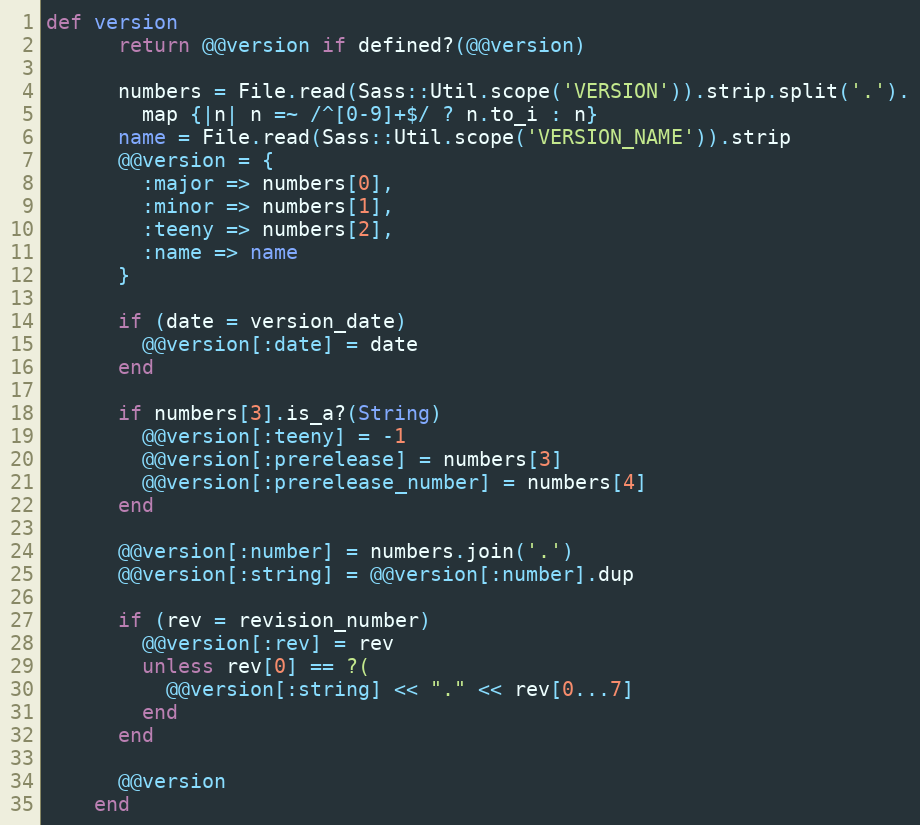
Language: Ruby
def version
      return @@version if defined?(@@version)

      numbers = File.read(Sass::Util.scope('VERSION')).strip.split('.').
        map {|n| n =~ /^[0-9]+$/ ? n.to_i : n}
      name = File.read(Sass::Util.scope('VERSION_NAME')).strip
      @@version = {
        :major => numbers[0],
        :minor => numbers[1],
        :teeny => numbers[2],
        :name => name
      }

      if (date = version_date)
        @@version[:date] = date
      end

      if numbers[3].is_a?(String)
        @@version[:teeny] = -1
        @@version[:prerelease] = numbers[3]
        @@version[:prerelease_number] = numbers[4]
      end

      @@version[:number] = numbers.join('.')
      @@version[:string] = @@version[:number].dup

      if (rev = revision_number)
        @@version[:rev] = rev
        unless rev[0] == ?(
          @@version[:string] << "." << rev[0...7]
        end
      end

      @@version
    end